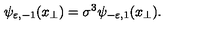
\psi _ { \varepsilon , - 1 } ( x _ { \perp } ) = \sigma ^ { 3 } \psi _ { - \varepsilon , 1 } ( x _ { \perp } ) .